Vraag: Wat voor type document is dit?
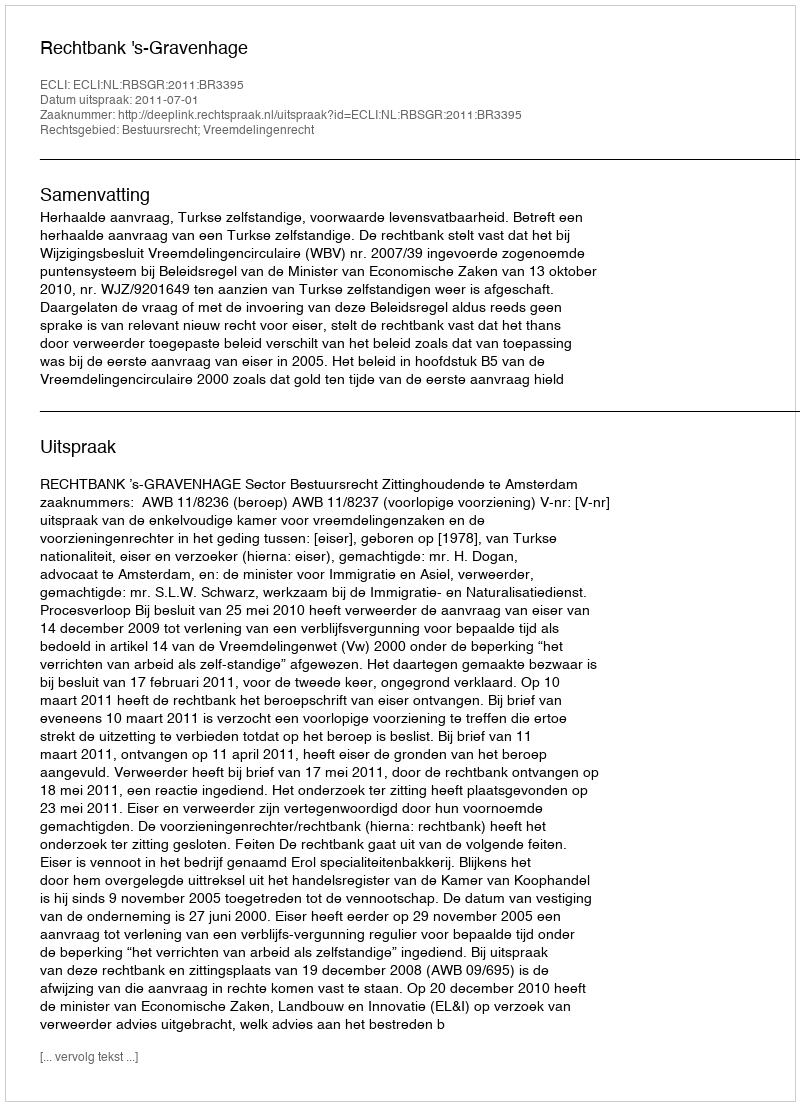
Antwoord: Uitspraak